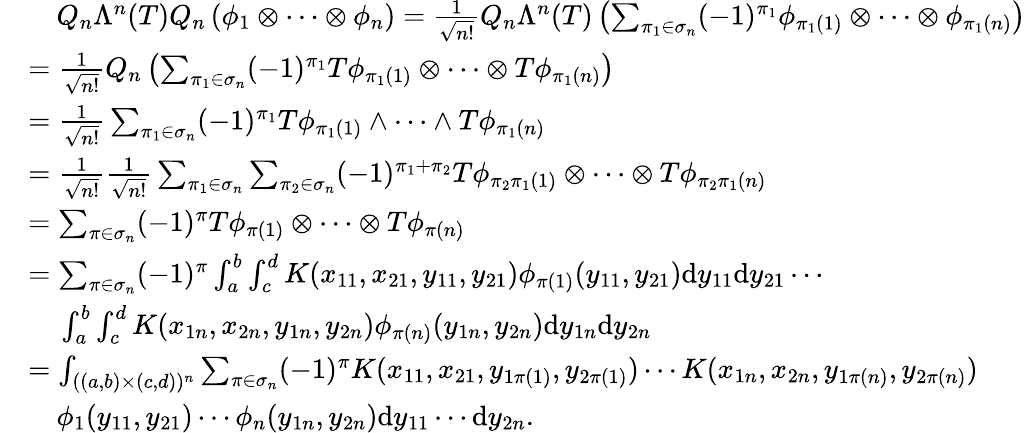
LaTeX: \begin{array}{rl}&{~~~~Q_{n}\Lambda^{n}(T)Q_{n}\left(\phi_{1}\otimes\cdots\otimes\phi_{n}\right)=\frac{1}{\sqrt{n!}}Q_{n}\Lambda^{n}(T)\left(\sum_{\pi_{1}\in\sigma_{n}}(-1)^{\pi_{1}}\phi_{\pi_{1}(1)}\otimes\cdots\otimes\phi_{\pi_{1}(n)}\right)}\\ &{=\frac{1}{\sqrt{n!}}Q_{n}\left(\sum_{\pi_{1}\in\sigma_{n}}(-1)^{\pi_{1}}T\phi_{\pi_{1}(1)}\otimes\cdots\otimes T\phi_{\pi_{1}(n)}\right)}\\ &{=\frac{1}{\sqrt{n!}}\sum_{\pi_{1}\in\sigma_{n}}(-1)^{\pi_{1}}T\phi_{\pi_{1}(1)}\wedge\cdots\wedge T\phi_{\pi_{1}(n)}}\\ &{=\frac{1}{\sqrt{n!}}\frac{1}{\sqrt{n!}}\sum_{\pi_{1}\in\sigma_{n}}\sum_{\pi_{2}\in\sigma_{n}}(-1)^{\pi_{1}+\pi_{2}}T\phi_{\pi_{2}\pi_{1}(1)}\otimes\cdots\otimes T\phi_{\pi_{2}\pi_{1}(n)}}\\ &{=\sum_{\pi\in\sigma_{n}}(-1)^{\pi}T\phi_{\pi(1)}\otimes\cdots\otimes T\phi_{\pi(n)}}\\ &{=\sum_{\pi\in\sigma_{n}}(-1)^{\pi}\int_{a}^{b}\int_{c}^{d}K(x_{11},x_{21},y_{11},y_{21})\phi_{\pi(1)}(y_{11},y_{21})\mathrm{d}y_{11}\mathrm{d}y_{21}\cdots}\\ &{~~~~\int_{a}^{b}\int_{c}^{d}K(x_{1n},x_{2n},y_{1n},y_{2n})\phi_{\pi(n)}(y_{1n},y_{2n})\mathrm{d}y_{1n}\mathrm{d}y_{2n}}\\ &{=\int_{((a,b)\times(c,d))^{n}}\sum_{\pi\in\sigma_{n}}(-1)^{\pi}K(x_{11},x_{21},y_{1\pi(1)},y_{2\pi(1)})\cdots K(x_{1n},x_{2n},y_{1\pi(n)},y_{2\pi(n)})}\\ &{~~~~\phi_{1}(y_{11},y_{21})\cdots\phi_{n}(y_{1n},y_{2n})\mathrm{d}y_{11}\cdots\mathrm{d}y_{2n}.}\end{array}